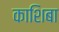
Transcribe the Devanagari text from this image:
काशिबा